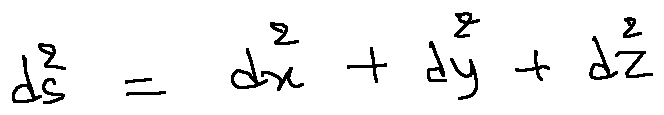
d s ^ { 2 } = d x ^ { 2 } + d y ^ { 2 } + d z ^ { 2 }